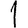
Digit: 1